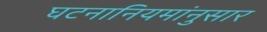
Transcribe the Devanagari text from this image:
घटनानियमांनुसार